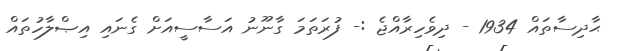
ޙާދިސާތައް 1934 - ދިވެހިރާއްޖެ :- ފުރަތަމަ ގާނޫނު އަސާސީއަށް ގެނައި އިޞްލާހުތައް